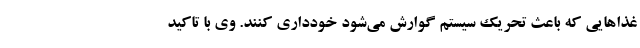
غذاهایی که باعث تحریک سیستم گوارش می‌شود خودداری کنند. وی با تاکید